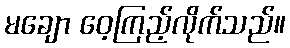
မချော ဝေ့ကြည့်လိုက်သည်။